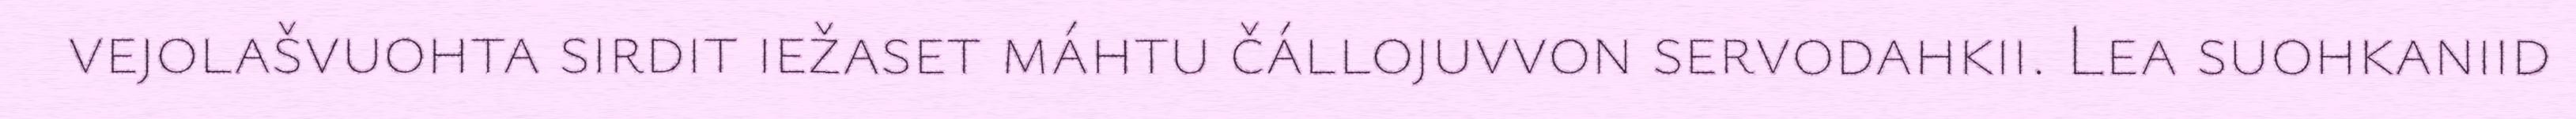
vejolašvuohta sirdit iežaset máhtu čállojuvvon servodahkii. Lea suohkaniid